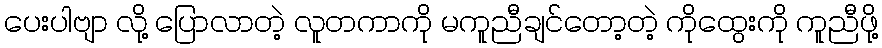
ပေးပါဗျာ လို့ ပြောလာတဲ့ လူတကာကို မကူညီချင်တော့တဲ့ ကိုထွေးကို ကူညီဖို့